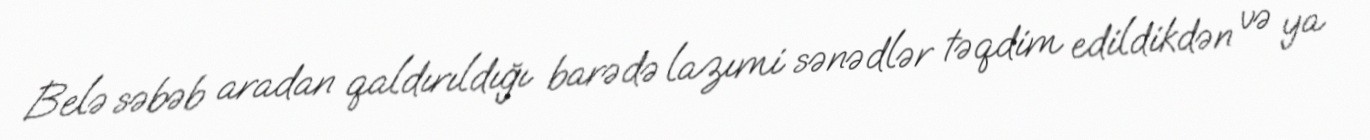
Belə səbəb aradan qaldırıldığı barədə lazımi sənədlər təqdim edildikdən və ya